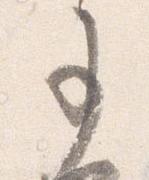
事